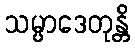
သမ္ပာဒေတုန္တိ